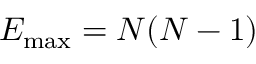
E _ { \operatorname* { m a x } } = N ( N - 1 )